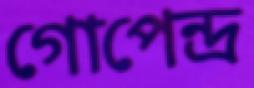
গোপেন্দ্র